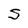
Character: S